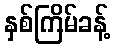
နှစ်ကြိမ်ခန့်